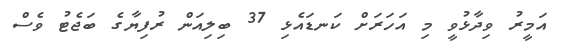
އަމީރު ވިދާޅުވީ މި އަހަރަށް ކަނޑައެޅި 37 ބިލިއަން ރުފިޔާގެ ބަޖެޓު ވެސް